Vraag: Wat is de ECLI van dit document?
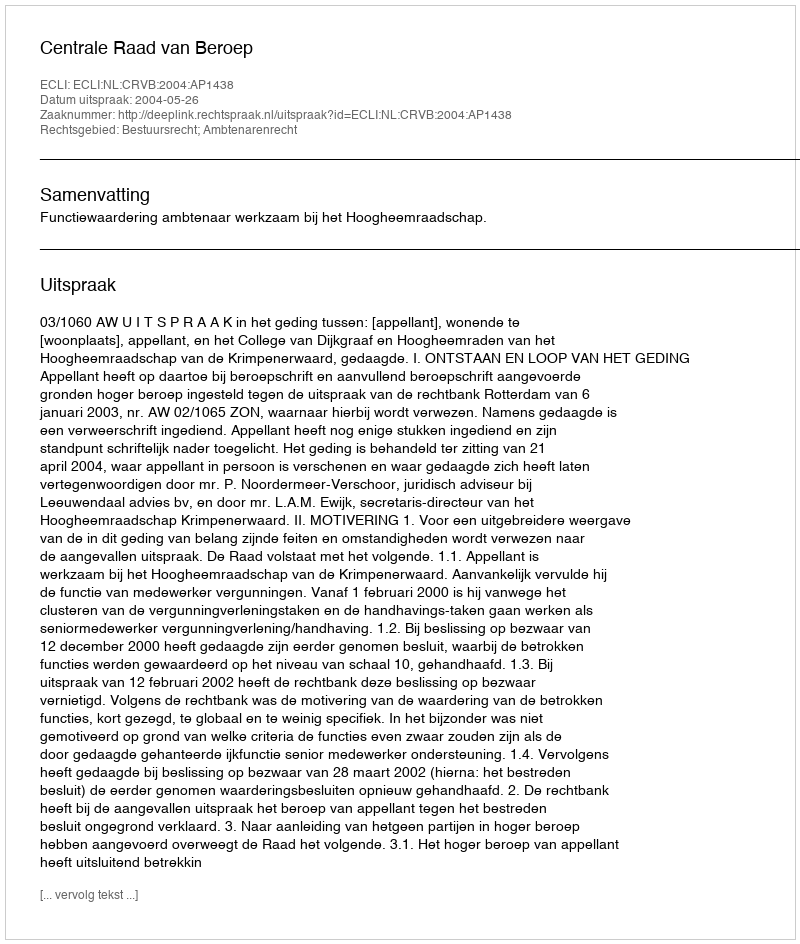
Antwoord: ECLI:NL:CRVB:2004:AP1438